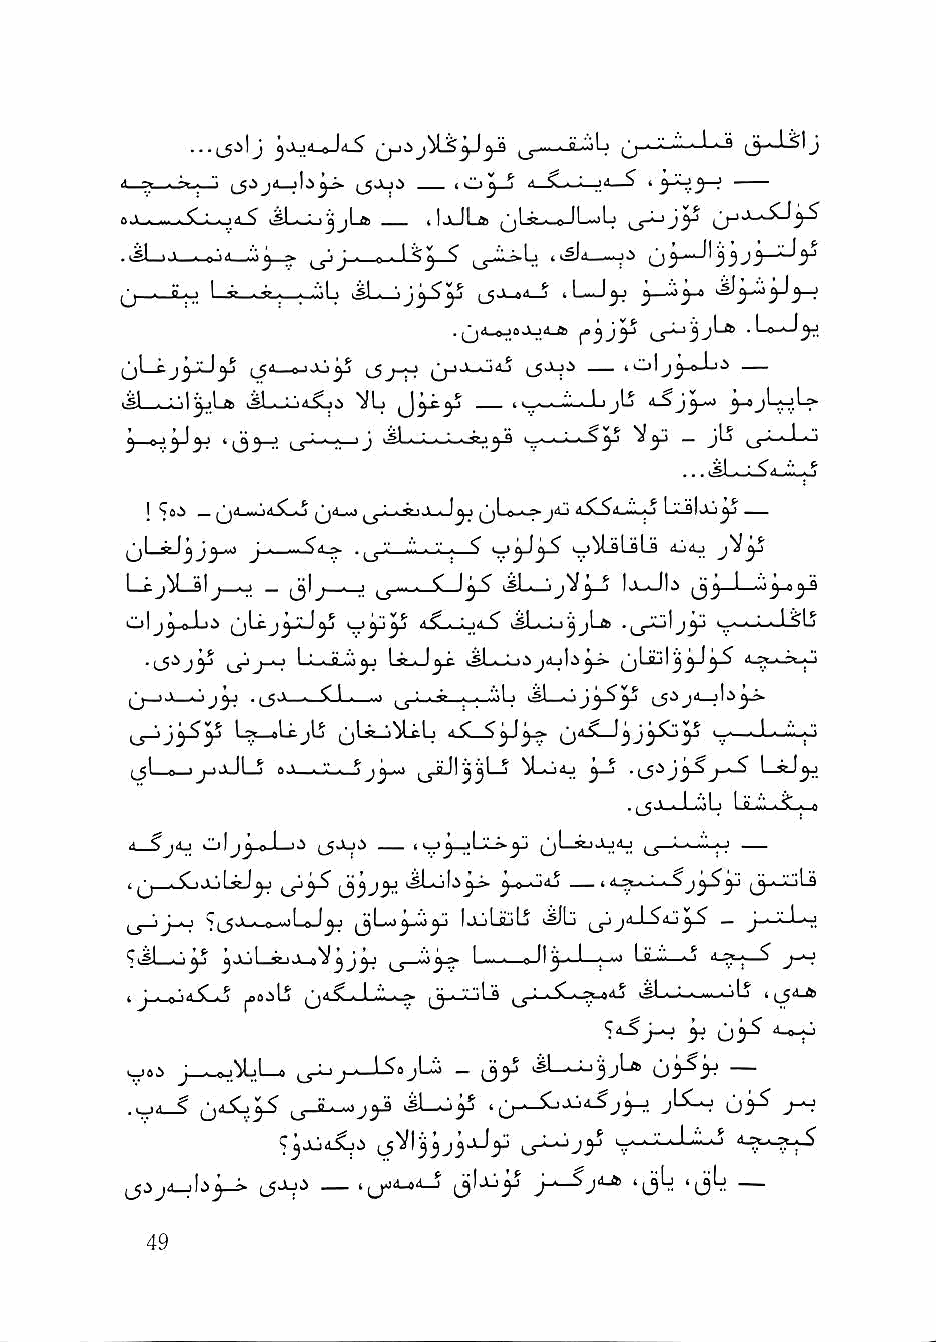
j        ^ y:>           ;>--■■■ •i-'' (3^'J
 ■* ~ ~ I "'           lO^—j <1—SL—L-j4—5 I j -
 ojl.—     >^L—L>jjLa iljkJLfli 'Lj  jy
 ,sl . 1 . -'.^ ..\j ^ J ■ r ■ I ^ iiSJil—
 -■_<L-,; I «» ■ •^ ■ . ". I . si . '■ (_$.V a4 ^ iL-J^ ^ -'Cj-B
 . (j<l_®joJLj4_ifc .Lo-J^
 (jL-cj^jJejj (jii—»jaj^ 1-5,r^ ^j->j_«j4j —lOlj^-o-Li —
 i^L—_Lj|yljfc k^L>jj4^i VL n^._iwJLjlS 4-S y-»
 5-^.5-'^ '03-^ I.r=-^j slLu-U-Ju,^   - jl5 o' ' ' '''
 I          ^4^     J^ ^Le-k^j4j d.^^<i_i'ii'i>«.> La-9|«Xj^
 ^^ll__ssssjjjjjj^^__««)) JJ--KK——ww^^4444>>.. ^^ ''--'' ''II-- ■■ ''■■'' ■■ kkjjMM--ssLLssLLii 44jj<<UU
 Lcj^Lsl^j—o _ J ■ ' ^ ... . i \ ijl.'. "ijV j—J IjlJI.5 —1—
 Olj^-oJj.> (jLcj^JcJ^ iiSLi—Lj4-S^ kjl.«-o^jL» i_.-i-i-.J^lj
 .(_5ij^ ^j_o 1 L- LijJ  '.ajd-jI jjLiulj^^-^ 4.^._-^. ,1
 jj—>-1—         -) ^j-L-je j_w!oLj ifl,
 Lse—eLcjLj ^li^^LcLi ■< ^ ^j IJ ^ I—- ■■J-'-.i.i.-o
 ^jjl - \ II ^ A s . V . ■■ ^jJiJI^^l—J ^Lo4j l_»tJ^
 4__SjiU olj^-ej—1-2 — I j—JLi!-->.y (jl_ijJj4j
 ^.«_o4j _ ivtA-L-S 1,3^-^^
 1^—•—3 ^ \ -I n  >i>^j IjLjLsjtj 3i^Lj
 jJLjl —VI J-a*^ j ^3^ L—.— l-ft ■"—^ ^
 4 J ■ r'..< C q4^-»-L.".,'.-^;> V-jIs iSL-L—-^.JU '
 vJ8i j-^.Vjl—» ^J-L. JJi _ (jy >sL^3jL» o'^'y
 ■ '■■ ^     .if 4 .sl—oy 4 ^j.-_5l)aj4-^jy-:> jL^-^ 03^ J-^
 (JJji —                  4^jL   —